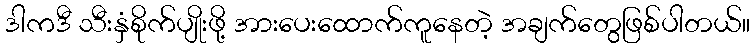
ဒါကဒီ သီးနှံစိုက်ပျိုးဖို့ အားပေးထောက်ကူနေတဲ့ အချက်တွေဖြစ်ပါတယ်။